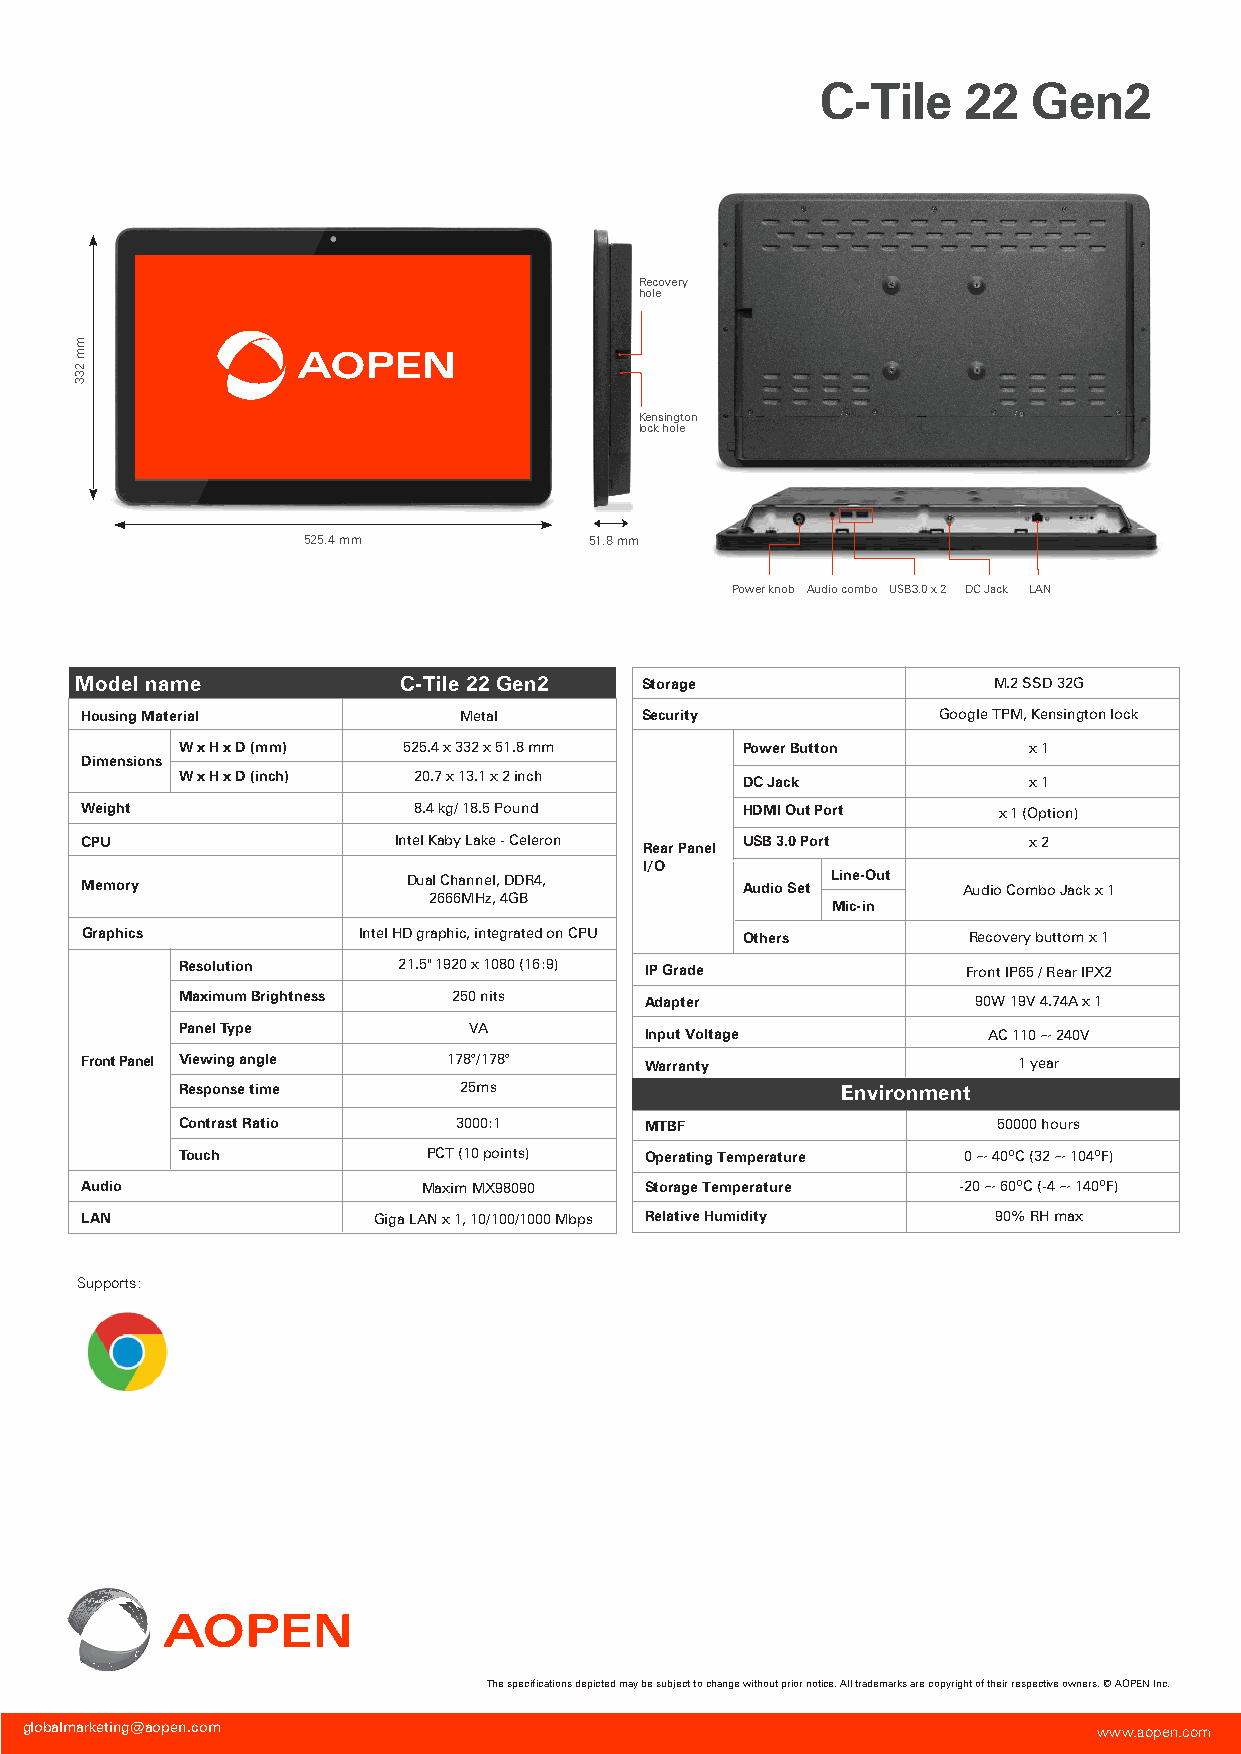
C-Tile    22  Gen2
 Recovery
 hole
 Kensington
 lock hole
 525.4 mm           51.8 mm
 Power knob Audio combo USB3.0 x 2 DC Jack LAN
 Model name           C-Tile 22 Gen2  Storage                 M.2 SSD 32G
 Housing Material         Metal       Security            Google TPM, Kensington lock
 W x H x D (mm) 525.4 x 332 x 51.8 mm Power Button       x 1
 Dimensions
 W x H x D (inch) 20.7 x 13.1 x 2 inch DC Jack           x 1
 Weight                8.4 kg/ 18.5 Pound    HDMI Out Port    x 1 (Option)
 CPU                  Intel Kaby Lake - Celeron USB 3.0 Port    x 2
 Rear Panel
 I/O
 Memory                Dual Channel, DDR4,   Audio Set Line-Out Audio Combo Jack x 1
 2666MHz, 4GB
 Mic-in
 Graphics           Intel HD graphic, integrated on CPU Others Recovery buttom x 1
 Resolution    21.5" 1920 x 1080 (16:9) IP Grade     Front IP65 / Rear IPX2
 Maximum Brightness 250 nits    Adapter               90W 19V 4.74A x 1
 Panel Type         VA
 Input Voltage         AC 110 ~ 240V
 Front Panel Viewing angle 178°/178°   Warranty                1 year
 Response time     25ms                      Environment
 Contrast Ratio    3000:1       MTBF                   50000 hours
 Touch           PCT (10 points) Operating Temperature 0 ~ 40ºC (32 ~ 104ºF)
 Audio                  Maxim MX98090  Storage Temperature -20 ~ 60ºC (-4 ~ 140ºF)
 LAN                 Giga LAN x 1, 10/100/1000 Mbps Relative Humidity 90% RH max
 Supports:
 The specifications depicted may be subject to change without prior notice. All trademarks are copyright of their respective owners. © AOPEN Inc.
 globalmarketing@aopen.com                                               www.aopen.com
 mm
 233